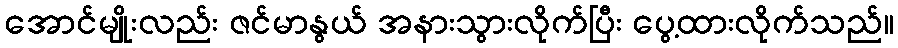
အောင်မျိုးလည်း ဇင်မာနွယ် အနားသွားလိုက်ပြီး ပွေ့ထားလိုက်သည်။